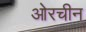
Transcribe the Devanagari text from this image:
ओरचीन